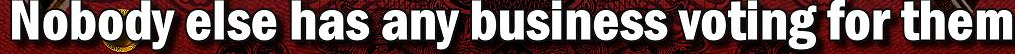
Nobody else has any business voting for them